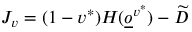
J _ { v } = ( 1 - v ^ { * } ) H ( \underline { o } ^ { v ^ { * } } ) - \widetilde D